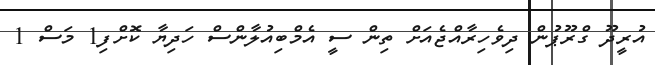
އުރީދޫ ގްރޫޕުން ދިވެހިރާއްޖެއަށް ތިން ސީ އެމްބިއުލާންސް ހަދިޔާ ކޮށްފި1 މަސް 1